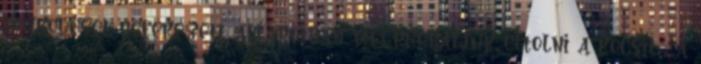
működését befékezett állapotban megpróbáljuk eltolni a kocsit , a